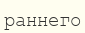
раннего